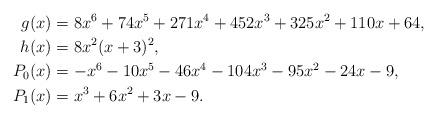
LaTeX: \begin{align*} g(x) & = 8x^6 + 74x^5 + 271x^4 + 452x^3 + 325x^2 + 110x + 64,\\ h(x) & = 8x^2(x+3)^2,\\ P_0(x) & = - x^6 - 10x^5 - 46x^4 - 104x^3 - 95x^2 - 24x - 9,\\ P_1(x) & = x^3 + 6x^2 + 3x - 9. \end{align*}